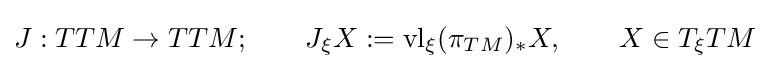
J:TTM\to TTM;\qquad J_{\xi }X:=\operatorname {vl} _{\xi }(\pi _{TM})_{*}X,\qquad X\in T_{\xi }TM